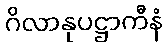
ဂိလာနုပဋ္ဌာကီနံ